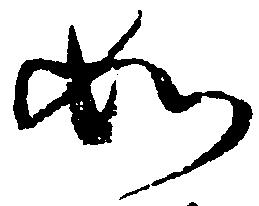
如